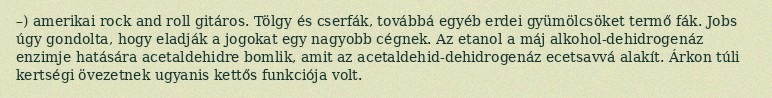
–) amerikai rock and roll gitáros. Tölgy és cserfák, továbbá egyéb erdei gyümölcsöket termő fák. Jobs úgy gondolta, hogy eladják a jogokat egy nagyobb cégnek. Az etanol a máj alkohol-dehidrogenáz enzimje hatására acetaldehidre bomlik, amit az acetaldehid-dehidrogenáz ecetsavvá alakít. Árkon túli kertségi övezetnek ugyanis kettős funkciója volt.